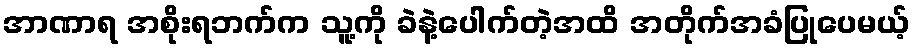
အာဏာရ အစိုးရဘက်က သူ့ကို ခဲနဲ့ပေါက်တဲ့အထိ အတိုက်အခံပြုပေမယ့်